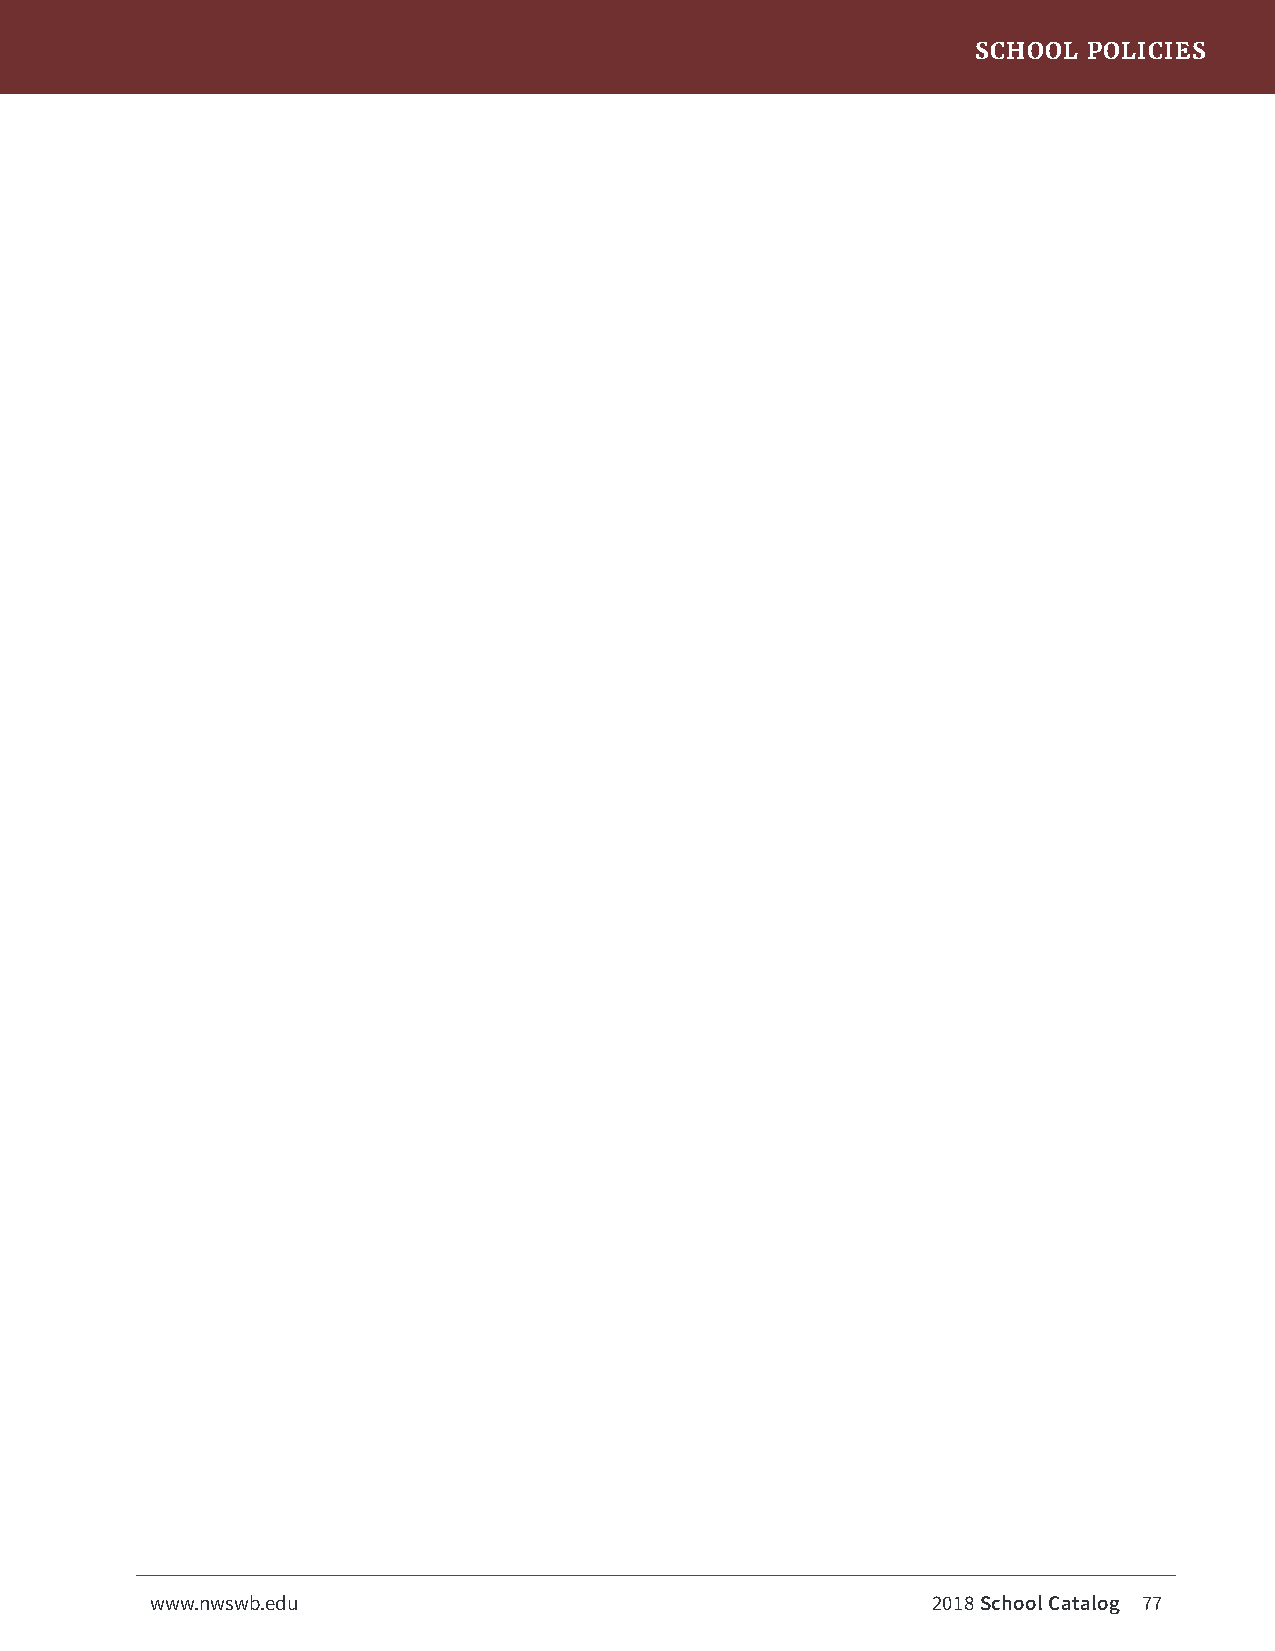
SCHOOL POLICIES
 www.nwswb.edu                                       2018 School Catalog 77